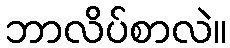
ဘာလိပ်စာလဲ။